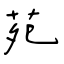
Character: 苑